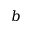
b